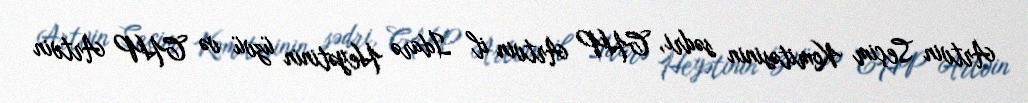
Artvin Seçim Komitəsinin sədri, CHP Artvin il İdarə Heyətinin üzvü və CHP Artvin